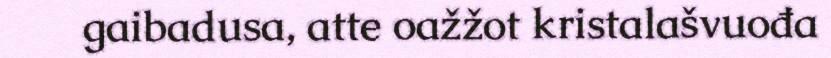
gaibadusa, atte oažžot kristalašvuođa